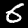
Digit: 6